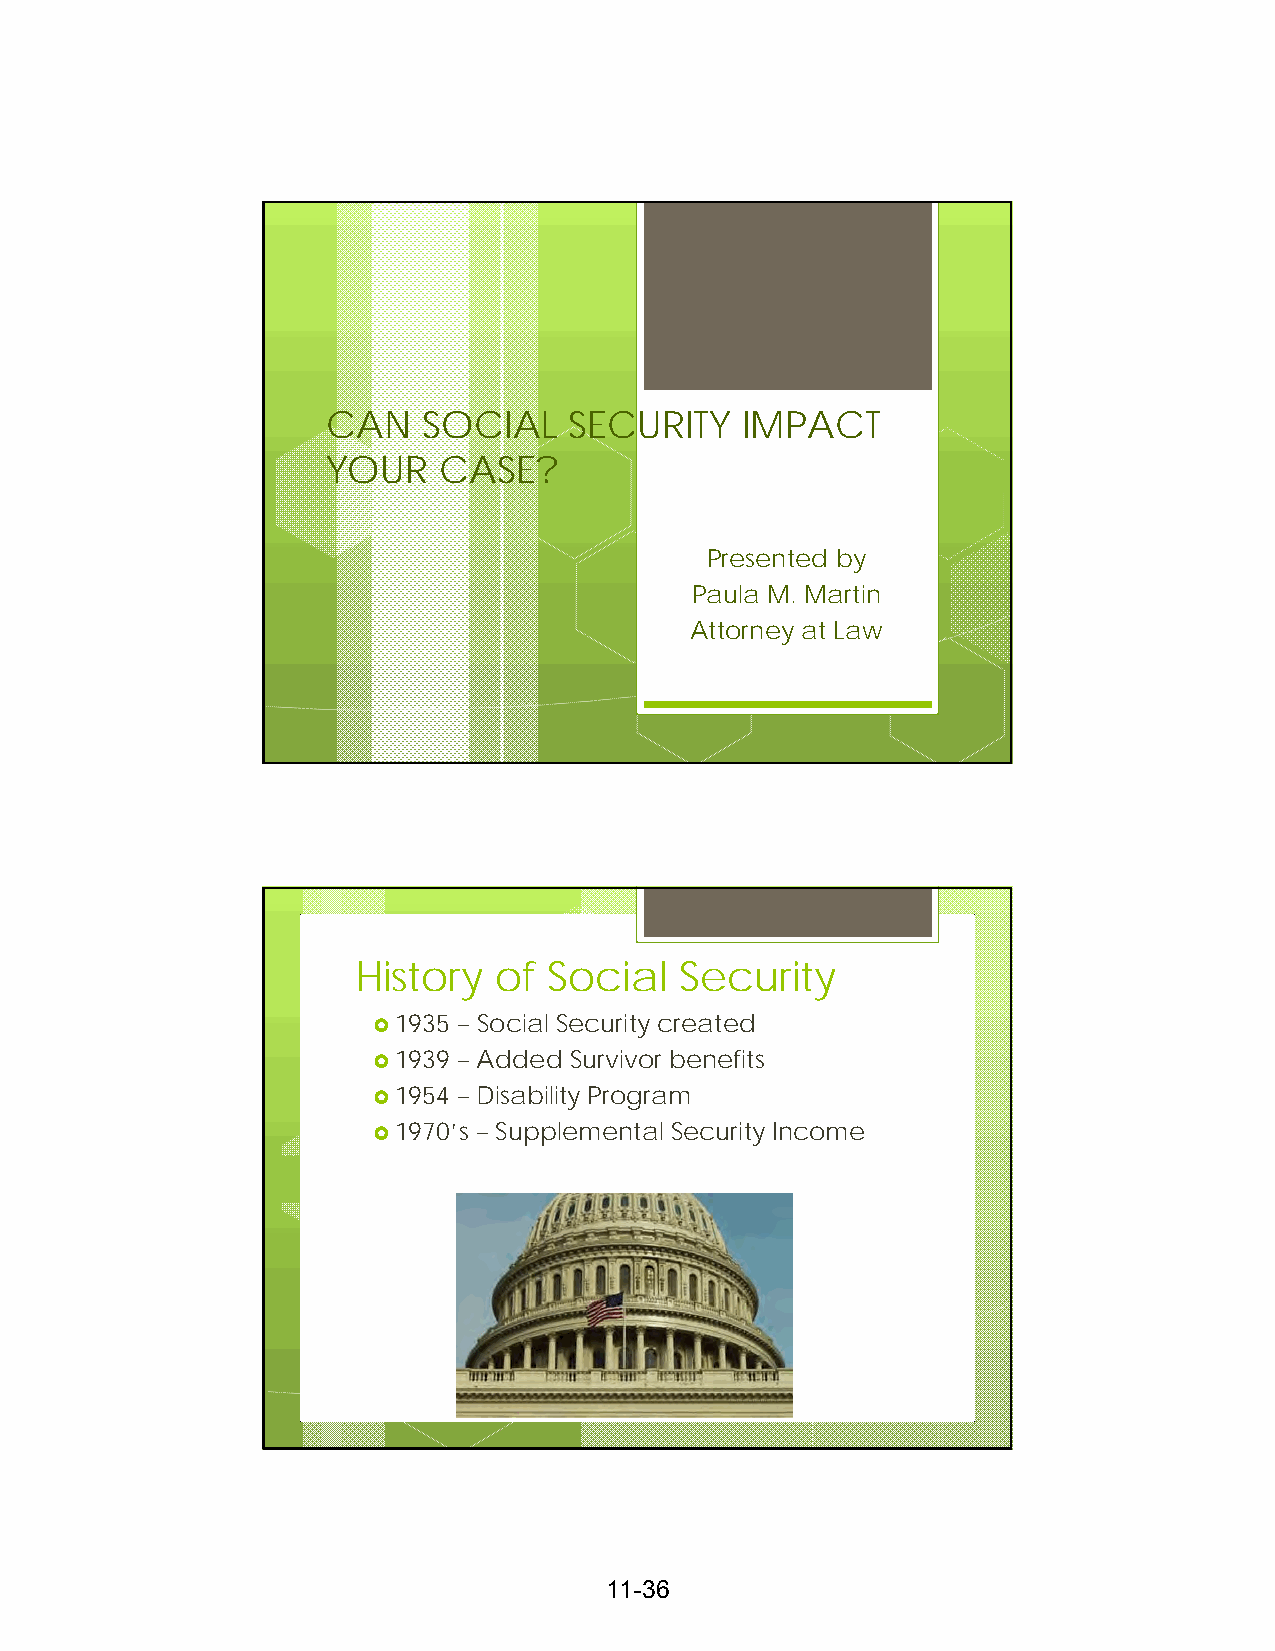
CAN   SOCIAL    SECURITY   IMPACT
 YOUR   CASE?
 Presented by
 Paula M. Martin
 Attorney at Law
 History   of Social   Security
 1935 – Social Security created
 1939 – Added Survivor benefits
 1954 – Disability Program
 1970’s – Supplemental Security Income
 11-36